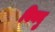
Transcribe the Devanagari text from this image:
बिनदु